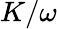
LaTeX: K/\omega